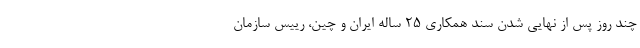
چند روز پس از نهایی شدن سند همکاری ۲۵ ساله ایران و چین، رییس سازمان